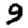
Digit: 9